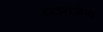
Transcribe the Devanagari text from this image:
टाउनजेन